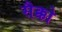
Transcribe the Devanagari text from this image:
सैक्को